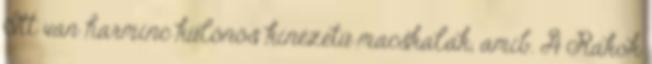
Itt van harminc különös kinézetű macskalak, amib. A Rákok